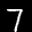
Label: 7